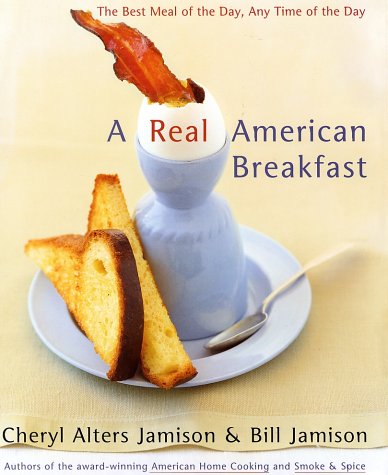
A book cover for A Real American Breakfast: The Best Meal of the Day, Any Time of the Day; Cheryl Alters Jamison; Cookbooks, Food & Wine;